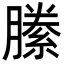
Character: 縢